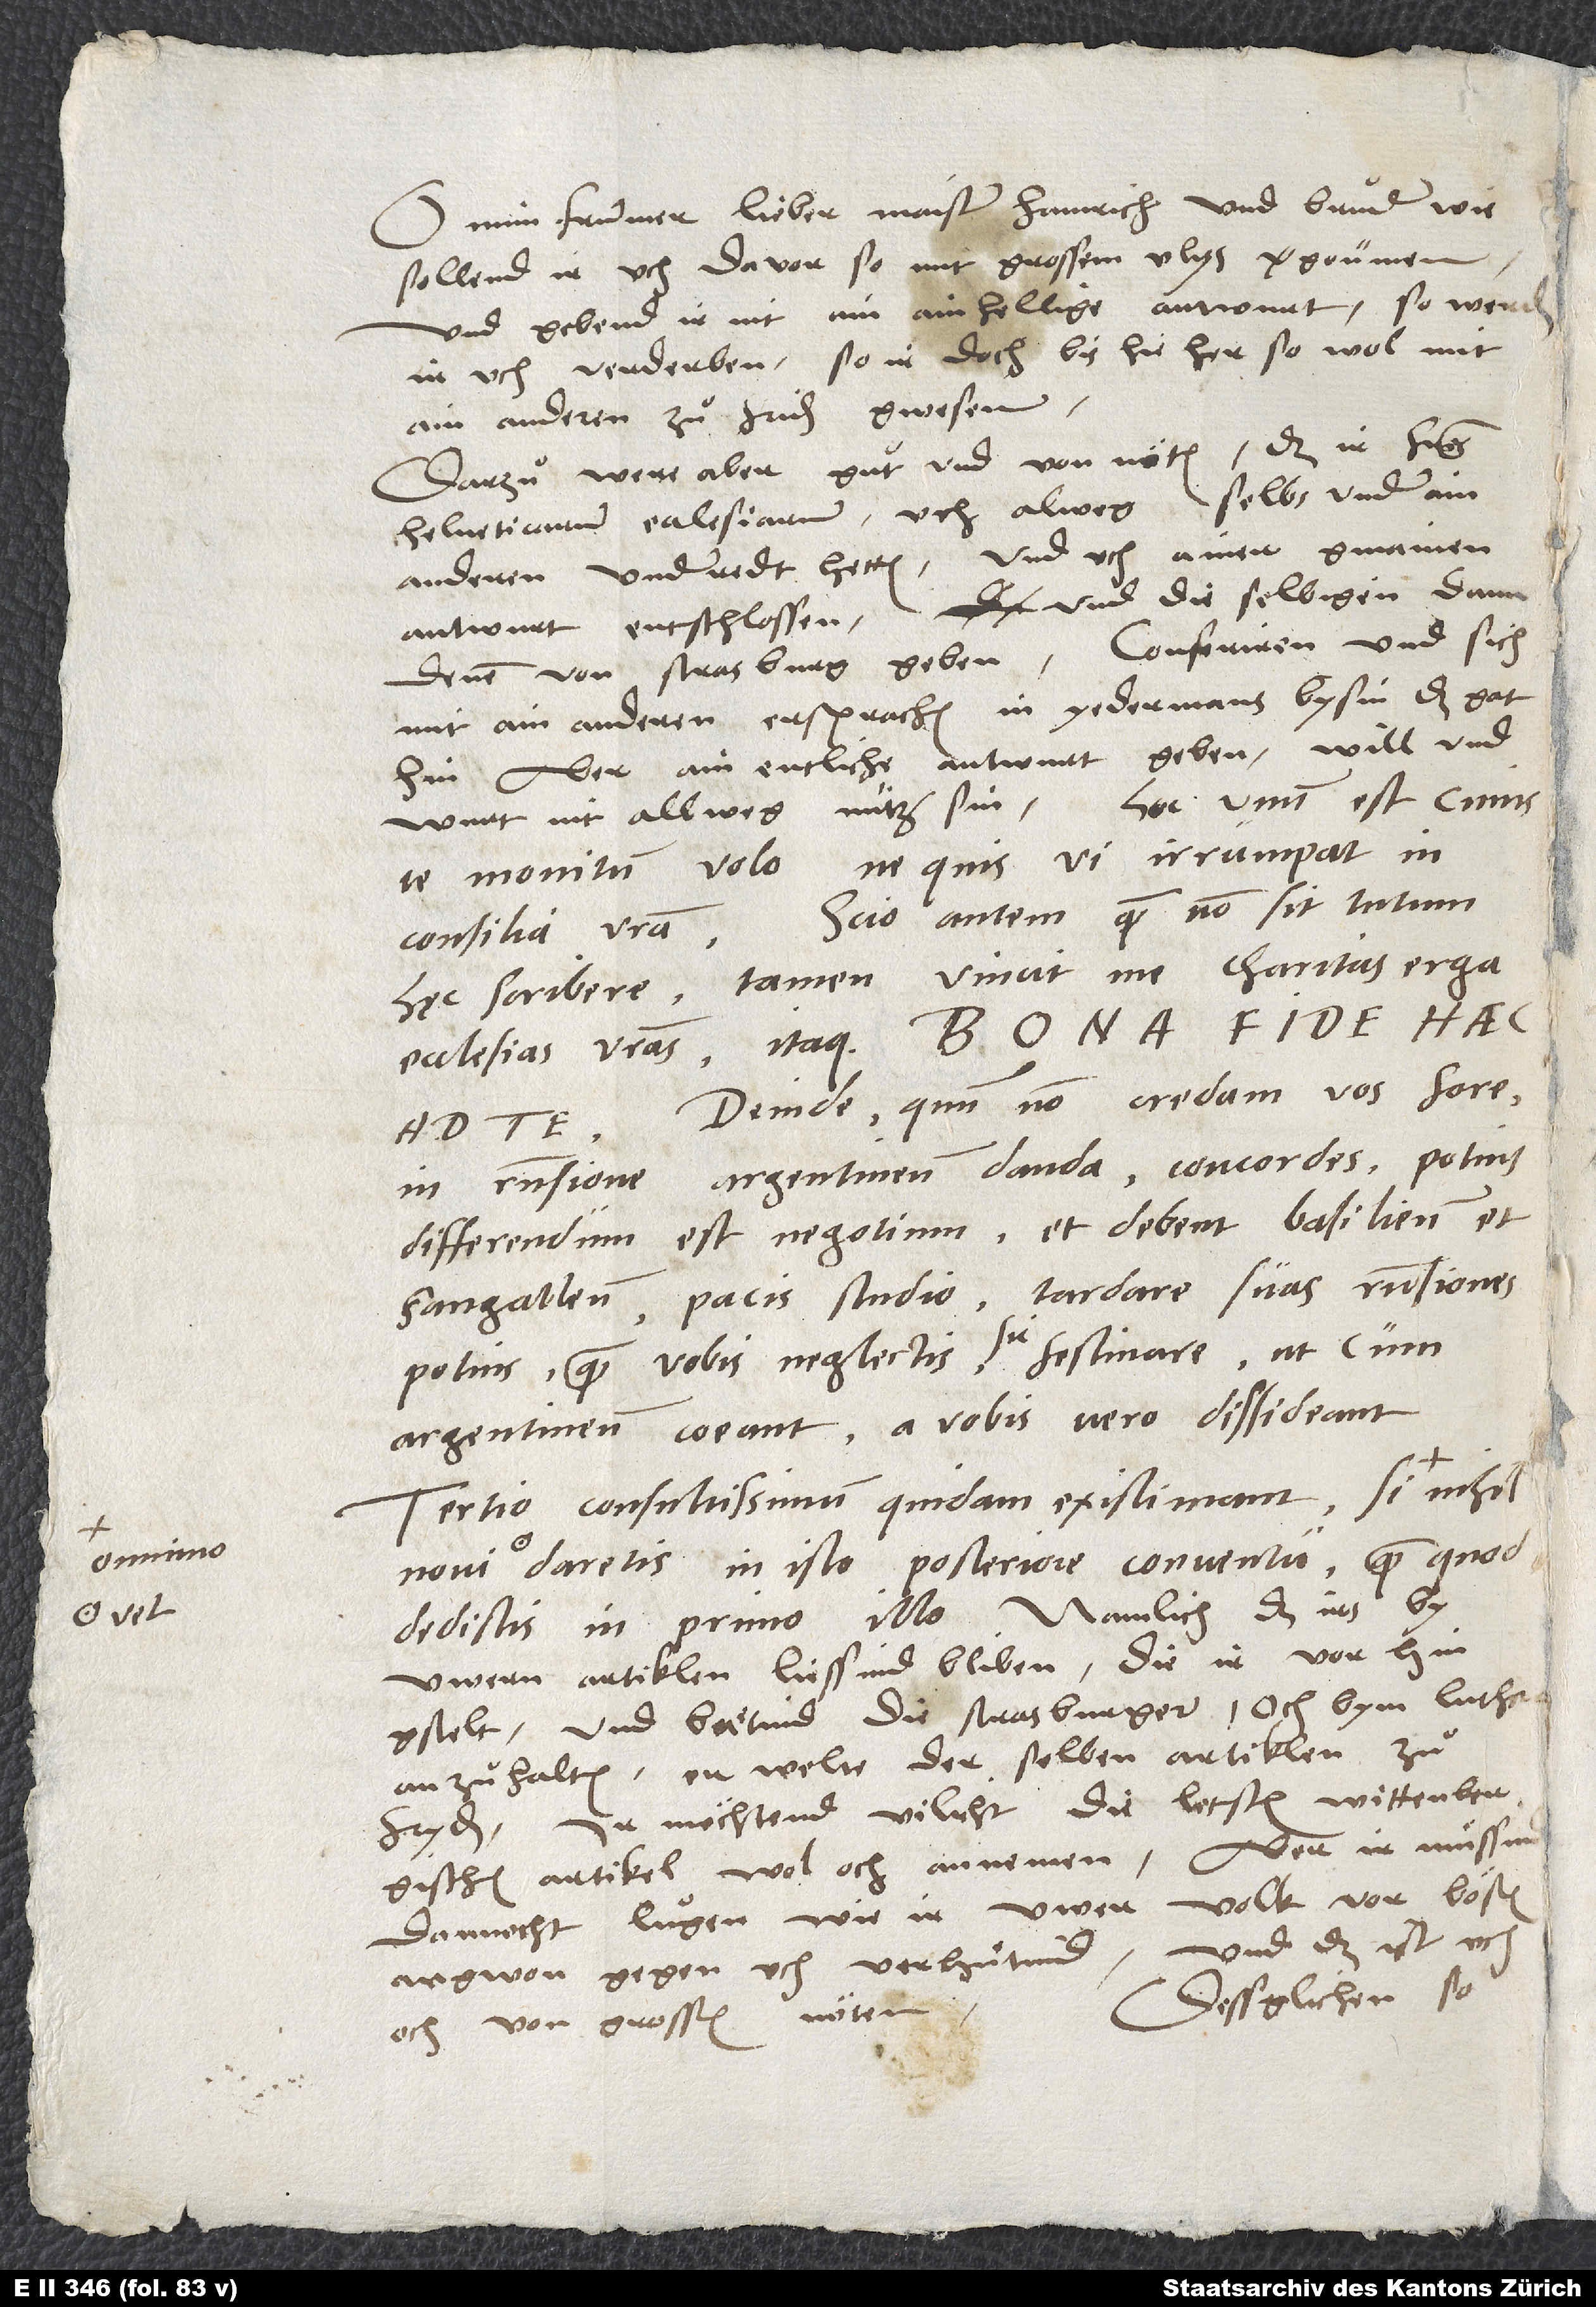
sollend ir uch davor so mit grossem vlys
Und gebend ir nit ain ainhellige antwurt, so werden
verderben, so ir doch bis hie her so wol mit
ain anderen zuͦ friden gwesen.
Darzuͦ were aber guͦt und von nöten, das ir fratres
Helveticarum ecclesiarum uch alweg selbs under ain
antwurt entschlossen und die selbigen dann
hin. Aber ain entliche antwurt geben, will und
allweg nutz sin. Hoc unum est, cuius
te monitum volo, ne quis vi irrumpat in
Scio autem, quam non sit tutum
consilia vestra.
Tamen vincit me charitas erga
hęc scribere.
ecclesias vestras. Itaque bona fide haec
Deinde, quum non credam vos fore
Sangallenses pacis studio tardare suas responsiones
uwern artiklen liessind bliben, die ir vor
gstelt, und bätind die Strasburger, och bym Luther
fryden. Ir möchtend vilicht die letsten wittenbergischen
artikel wol och annemen, aber ir muͤssind
argwon gegen uch verhuͤtind. Und das ist uch
Dessglichen, so
och von grossen nöten.